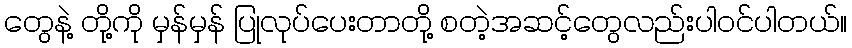
တွေနဲ့ တို့ကို မှန်မှန် ပြုလုပ်ပေးတာတို့ စတဲ့အဆင့်တွေလည်းပါဝင်ပါတယ်။